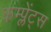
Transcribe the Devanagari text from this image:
कम्प्लेंट्स